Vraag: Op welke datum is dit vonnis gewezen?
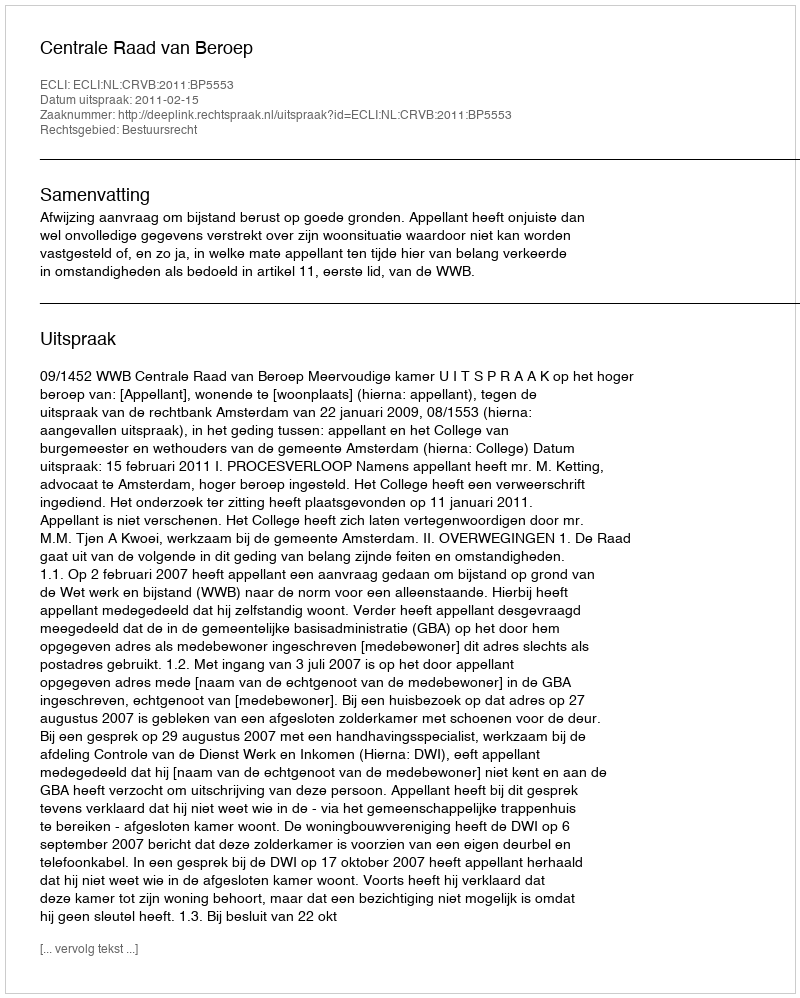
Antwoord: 2011-02-15